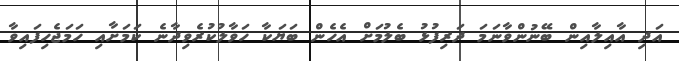
އަދި އާއިލާއިން ބޭނުންވާނަމަ ދަރިފުޅު ބެލުމަށް އެހެން ބަޔަކާ ހަވާލުކުރެވިދާނެ ކަމަށާއި ހަމަޖެހިފައިވާ